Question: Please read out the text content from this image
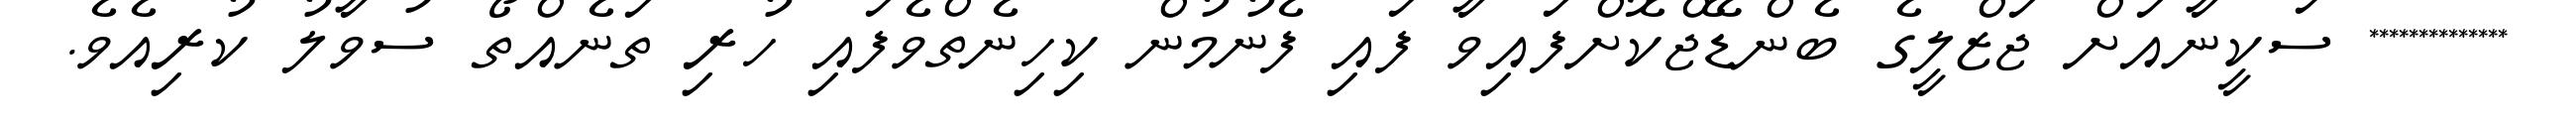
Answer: ************** ސަކީނާއަށް ޖަޒްލީގެ ބެންޑޭޖްކޮށްފައިވާ ފައި ފެނުމުން ކިހިނެތްވެފައި ހުރި ތަނެއްތޯ ސުވާލު ކުރިއެވެ.